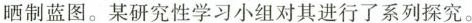
晒制蓝图。某研究性学习小组对其进行了系列探究。